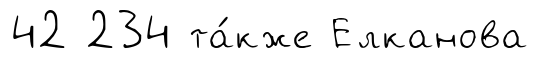
42 234 та́кже Елканова